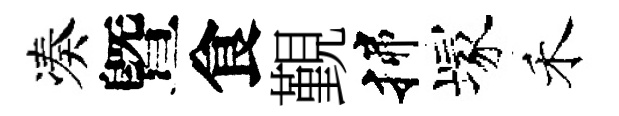
凑曁食覲揲塚禾